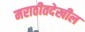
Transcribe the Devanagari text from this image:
मराठीतदेखील